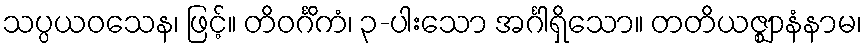
သပ္ပယဝသေန၊ ဖြင့်။ တိဝင်္ဂိကံ၊ ၃-ပါးသော အင်္ဂါရှိသော။ တတိယဇ္ဈာနံနာမ၊